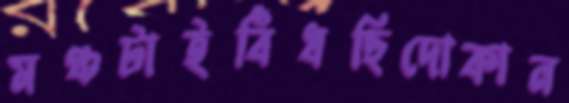
মঞ্চটাইবিঁধছিদোকান